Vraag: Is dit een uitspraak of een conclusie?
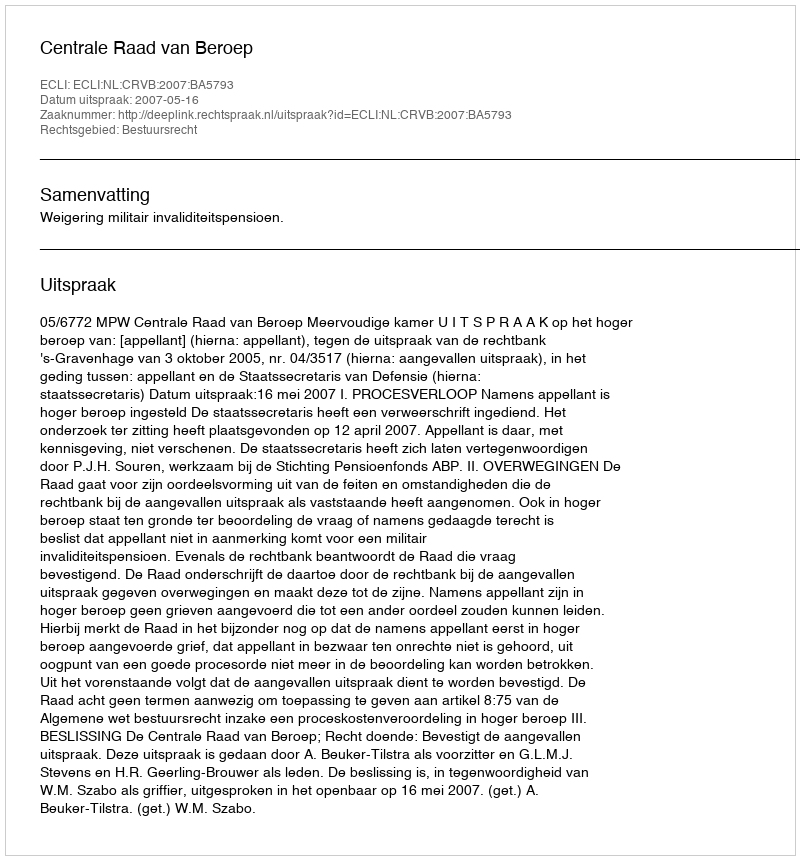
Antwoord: Uitspraak